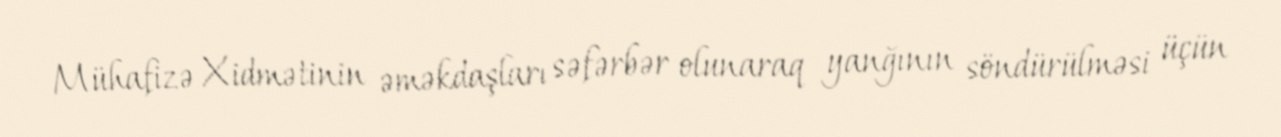
Mühafizə Xidmətinin əməkdaşları səfərbər olunaraq yanğının söndürülməsi üçün